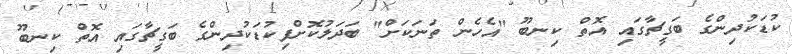
ކުޑަކުދިންގެ ބަގީޗާގައި އޮތް ކިނބޫ "އެހެން ތަނަކަށް" ބަދަލުކޮށްފިކުޑަކުދިންގެ ބަގީޗާގައި އޮތް ކިނބޫ